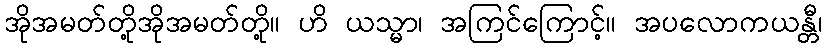
အိုအမတ်တို့အိုအမတ်တို့။ ဟိ ယသ္မာ၊ အကြင်ကြောင့်။ အပလောကယန္တီ၊